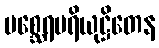
မစ္ဆေရပရိယုဋ္ဌိတေန